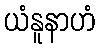
ယံနူနာဟံ